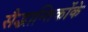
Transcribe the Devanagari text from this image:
सैद्धान्तिकोंके